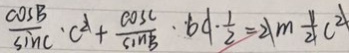
\frac { \cos B } { \sin C } \cdot c ^ { 2 } + \frac { \cos C } { \sin B } \cdot b c \cdot \frac { 1 } { 2 } = 2 m \frac { 1 } { 2 } c ^ { 2 }